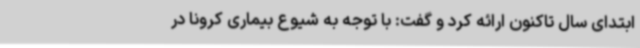
ابتدای سال تاکنون ارائه کرد و گفت: با توجه به شیوع بیماری کرونا در